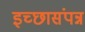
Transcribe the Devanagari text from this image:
इच्छासंपन्न